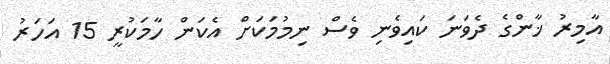
އާމިރު ޚާންގެ ދެވަނަ ކައިވެނި ވެސް ނިމުމަކަށް އެކަން ހާމަކުރީ 15 އަހަރު